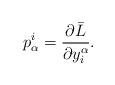
LaTeX: \begin{align*}p_{\alpha }^{i}=\frac{\partial \bar{L}}{\partial y_{i}^{\alpha }}.\end{align*}